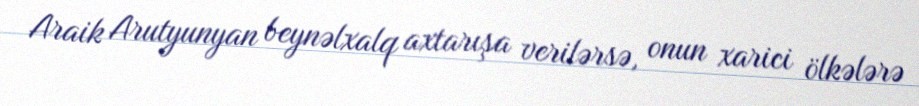
Araik Arutyunyan beynəlxalq axtarışa verilərsə, onun xarici ölkələrə